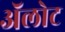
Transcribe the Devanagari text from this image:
ॲलोट